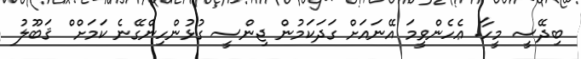
ބިދޭސީ މީހާ. ޢެހެންވީމަ އޭނައަށް ގަދަކަމުން ޖިންސީ ގުޅުންހިންގޭނެ ކަމަށް ް ޤަބޫލު